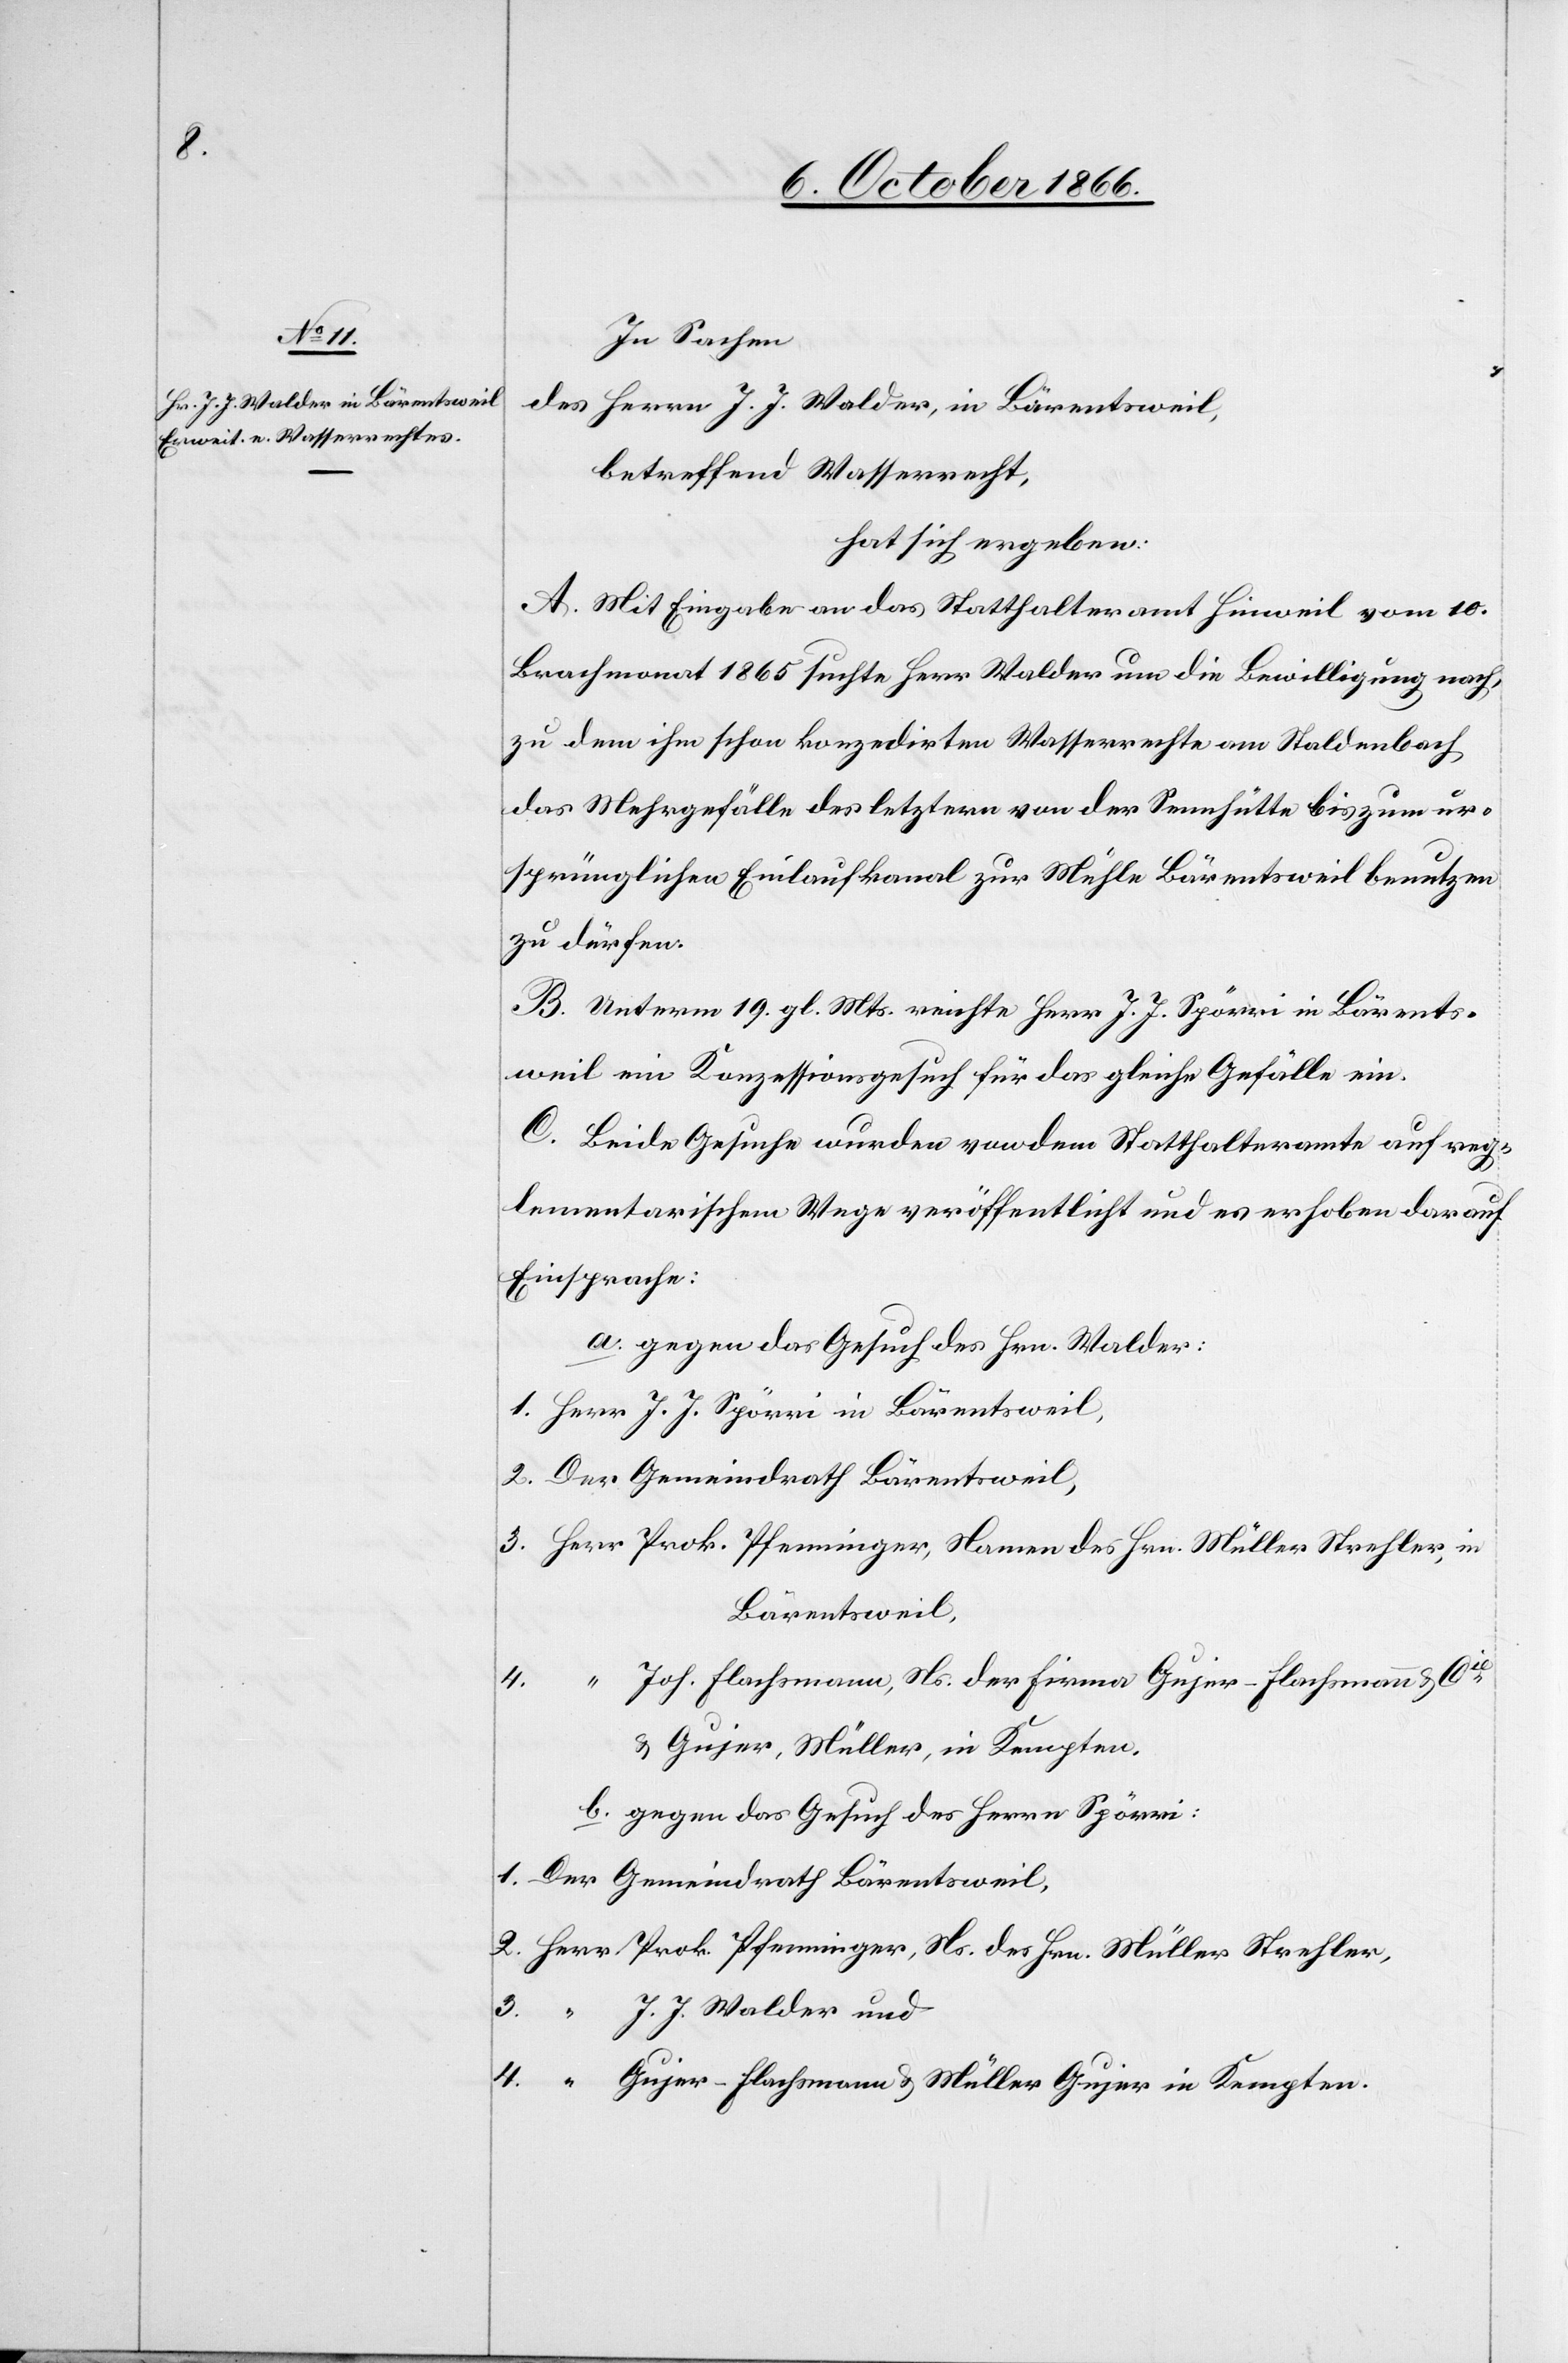
3.

In Sachen
des Herrn J. J. Walder, in Bärentsweil,
betreffend Wasserrecht,
hat sich ergeben:
A. Mit Eingabe an das Statthalteramt Hinweil vom 10.
Brachmonat 1865 suchte Herr Walder die Bewilligung nach,
zu dem ihm schon konzedirten Wasserrechte am Staldenbach
das Mehrgefälle des letztern von der Sennhütte bis zum ur¬
sprünglichen Einlaufkanal zur Mühle Bärentsweil benutzen
zu dürfen.
B. Unterm 19. gl. Mts. reichte Herr J. J. Spörri in Bärents¬
weil ein Konzessionsgesuch für das gleiche Gefälle ein.
C. Beide Gesuche wurden von dem Statthalteramte auf reg¬
lementarischem Wege veröffentlicht und es erhoben darauf
Einsprache:
a. gegen das Gesuch des Hrn. Walder:
Bärentsweil,
Joh. Flachsmann, Ns. der Firma Gujer-Flachsmann & Cie.
4.
& Gujer, Müller, in Kempten.
b. gegen das Gesuch des Herrn Spörri:
J. J. Walder und
Gujer-Flachsmann & Müller Gujer in Kempten.